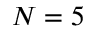
N = 5